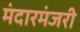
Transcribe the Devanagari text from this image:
मंदारमंजरी